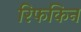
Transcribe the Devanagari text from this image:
रिफकिन